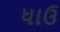
ધાઉ